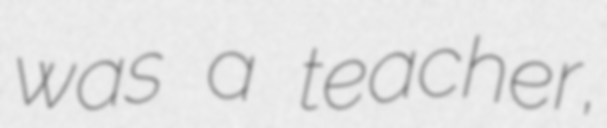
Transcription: was a teacher,